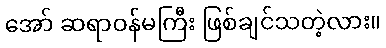
အော် ဆရာဝန်မကြီး ဖြစ်ချင်သတဲ့လား။